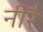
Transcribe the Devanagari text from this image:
नीरै